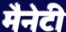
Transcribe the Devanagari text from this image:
मैनेटी